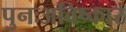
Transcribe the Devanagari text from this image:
पुनःअविष्कार